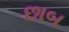
છાબ